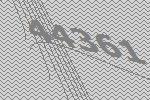
44361